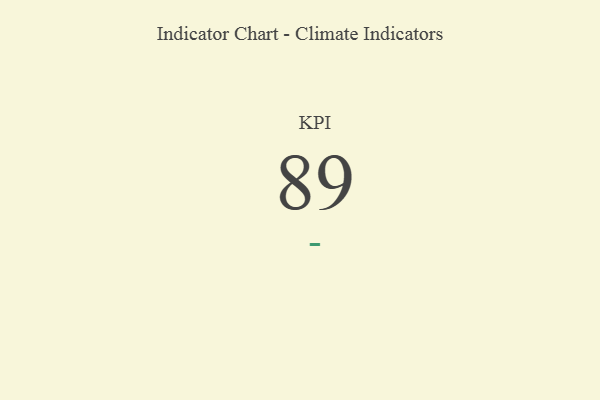
{"axis": {"x": "KPI", "y": "Value"}, "legend": [""], "data": [{"x": "KPI", "y": 89, "type": ""}]}